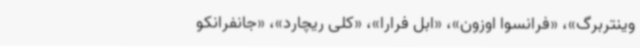
وینتربرگ»، «فرانسوا اوزون»، «ابل فرارا»، «کلی ریچارد»، «جانفرانکو